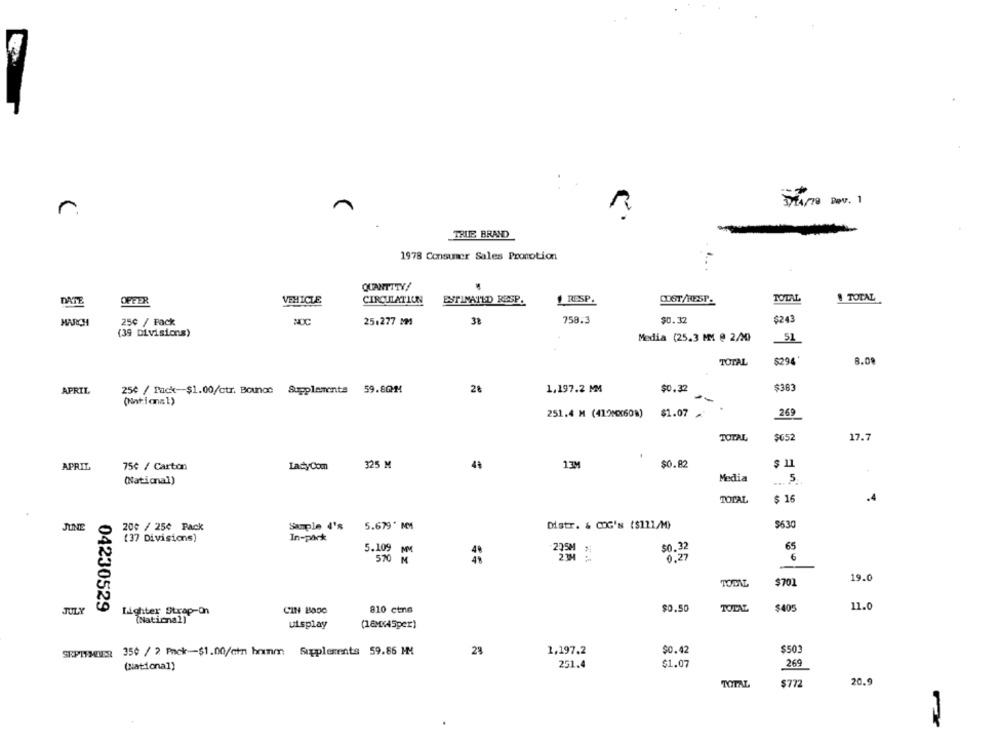
3714/78 Dev. 1
r.
TRUE BRAND
1978 Consumer Sales Promotion
QUANTITY/
TOTAL
DATE
OFFER
VEHICLE
CIRCULATION
ESTIMATED RESP.
RESP.
DOST/RESP.
TOTAL
758.3
$0.32
$243
MARCH
250 / Fack
MOC
25.277 MM
38
(39 Divisions)
Media (25.3 MM @ 2/20
51
TOTAL
$294'
8.09
APRIL
25€ / Pack-$1.00/ctr. Bounoc Supplements 59.80M
28
1.197.2 MM
$0.32
$383
-
(National)
251.4 M (4120X(608)
$1.07
269
TOTAL
$652
17.7
APRIL
75€ / Carton
LacyCom
325 M
13M
$0.82
$ 11
(National)
Media
5
$ 16
.4
TOTAL
200 / 250 Pack
Sample 4's
5.679* MM
Distr. & COG's ($121/1)
$630
(37 Divisions)
In-pack
NSEZ
5.109
MM
$0. 32
65
0,27
6
570 M
19.0
TOTAL
$701
04230529
CIN Bago
810 ctne
$0.50
TOTAL
$405
11.0
JULY
Lighter Strap-on
(National)
uisplay
(18X45per)
SEPTEMBER 350 / 2 Pack-$1.00/cin hranm Supplements 59.86 MM
28
1,197.2
$0.42
$503
(national)
251.4
$1.07
269
20.9
TOTAL
$772